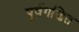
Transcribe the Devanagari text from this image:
पूर्वगणित